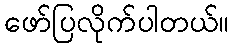
ဖော်ပြလိုက်ပါတယ်။